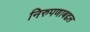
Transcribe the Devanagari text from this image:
निरुपणाबद्दल